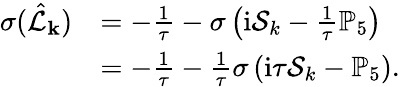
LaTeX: \begin{array}{rl}{\sigma(\hat{\mathcal{L}}_{\mathbf{k}})}&{=-\frac{1}{\tau}-\sigma\left(\mathrm{i}\mathcal{S}_{k}-\frac{1}{\tau}\mathbb{P}_{5}\right)}\\ &{=-\frac{1}{\tau}-\frac{1}{\tau}\sigma\left(\mathrm{i}\tau\mathcal{S}_{k}-\mathbb{P}_{5}\right).}\end{array}